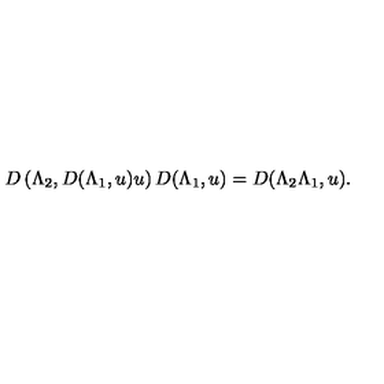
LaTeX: D \left( \Lambda _ { 2 } , D ( \Lambda _ { 1 } , u ) u \right) D ( \Lambda _ { 1 } , u ) = D ( \Lambda _ { 2 } \Lambda _ { 1 } , u ) .